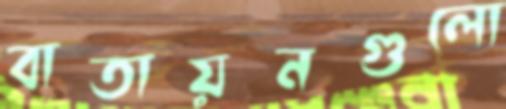
বাতায়নগুলো